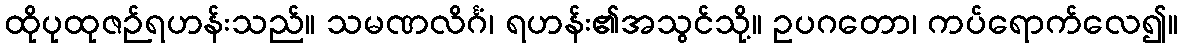
ထိုပုထုဇဉ်ရဟန်းသည်။ သမဏလိင်္ဂံ၊ ရဟန်း၏အသွင်သို့။ ဥပဂတော၊ ကပ်ရောက်လေ၍။